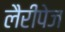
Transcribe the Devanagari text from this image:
लैरीपेज